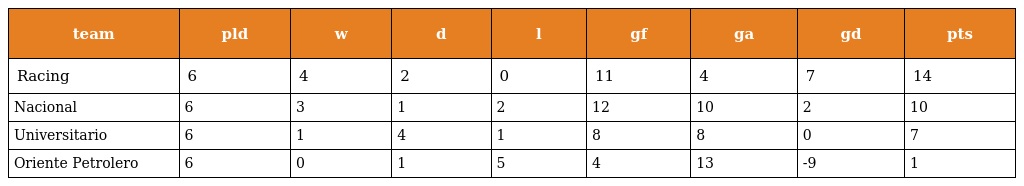
| team | pld | w | d | l | gf | ga | gd | pts |
 | --- | --- | --- | --- | --- | --- | --- | --- | --- |
 | Racing | 6 | 4 | 2 | 0 | 11 | 4 | 7 | 14 |
 | Nacional | 6 | 3 | 1 | 2 | 12 | 10 | 2 | 10 |
 | Universitario | 6 | 1 | 4 | 1 | 8 | 8 | 0 | 7 |
 | Oriente Petrolero | 6 | 0 | 1 | 5 | 4 | 13 | -9 | 1 |